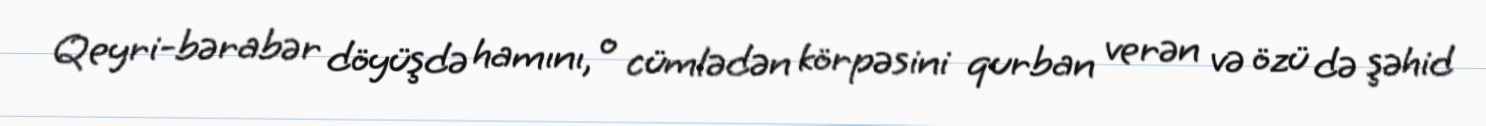
Qeyri-bərabər döyüşdə hamını, o cümlədən körpəsini qurban verən və özü də şəhid